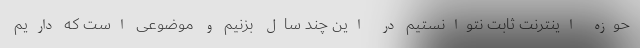
حوزه اینترنت ثابت نتوانستیم در این چند سال بزنیم و موضوعی است که داریم